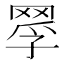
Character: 𦋄